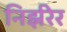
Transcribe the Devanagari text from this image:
निर्झरेर